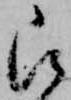
被